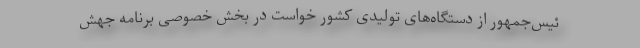
ئیس‌جمهور از دستگاه‌های تولیدی کشور خواست در بخش خصوصی برنامه جهش